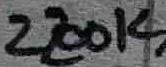
Text: 2200K